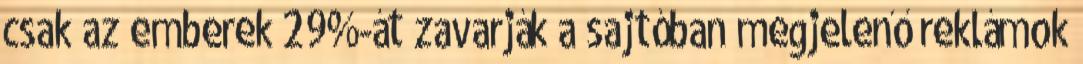
csak az emberek 29%-át zavarják a sajtóban megjelenő reklámok